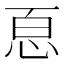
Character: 𢙯